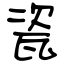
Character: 瓷